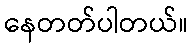
နေတတ်ပါတယ်။